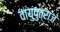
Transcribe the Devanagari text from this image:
वायुपुत्राज